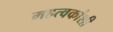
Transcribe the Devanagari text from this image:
महत्वकांशी